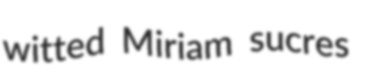
witted Miriam sucres